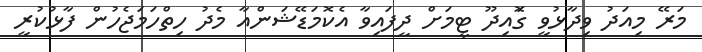
މަރޭ މިއަދު ވިދާޅުވީ ގޮައިދޫ ޓީމަށް ދީފައިވާ އެކޮމަޑޭޝަންއާ މެދު ހިތްހަމަޖެހުން ފާޅުކުރީ